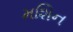
મશિન